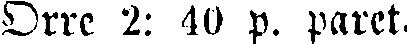
Orre 2: 40 p. paret.